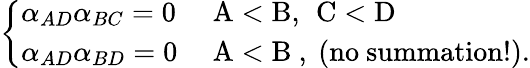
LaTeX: \left\{ \begin{array}{ll}{{\alpha_{AD}\alpha_{BC}=0}}&{{\mathrm{~A<B,\, ~C<D~}}}\\ {{\alpha_{AD}\alpha_{BD}=0}}&{{\mathrm{~A<B~,~(no~summation!).}}}\end{array}\right.